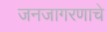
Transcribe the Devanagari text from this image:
जनजागरणाचे